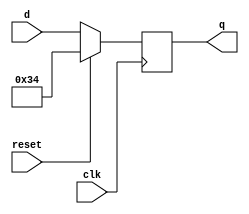
module top_module (
    input clk,
    input reset,
    input [7:0] d,
    output [7:0] q
);
    always@(negedge clk)
    if (reset==1) q <= 8'h34;
        else q<=d;
endmodule